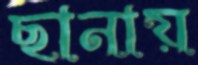
ছানায়